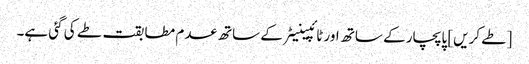
[طے کریں] پاپچار کے ساتھ اور ٹائپینیٹر کے ساتھ عدم مطابقت طے کی گئی ہے۔